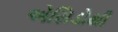
એસિડોથી